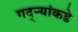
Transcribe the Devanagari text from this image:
गद्र्‍यांकडे